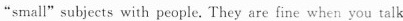
"small" subjects with people. They are fine when you talk